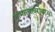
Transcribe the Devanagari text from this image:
गाभाऱ्याबरोबरच